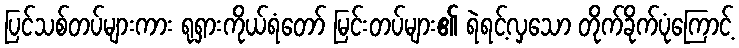
ပြင်သစ်တပ်များကား ရုရှားကိုယ်ရံတော် မြင်းတပ်များ၏ ရဲရင့်လှသော တိုက်ခိုက်ပုံကြောင့်